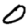
Digit: 0